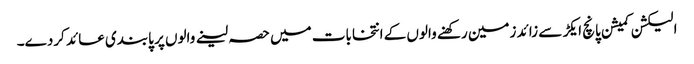
الیکشن کمیشن پانچ ایکڑ سے زائد زمین رکھنے والوں کے انتخابات میں حصہ لینے والوں پر پابندی عائد کردے۔